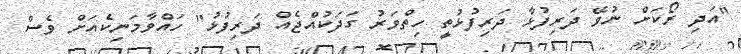
"އަދި ރޯކަށް ނުވޭ ދަރިފުޅާ ދަރިފުޅުތީ ހިތްވަރު ގަދަކުއްޖެއް ދަރިފުޅު" ހައްވާމަނިކެއަށް ވެސް